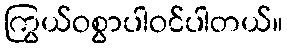
ကြွယ်ဝစွာပါဝင်ပါတယ်။